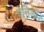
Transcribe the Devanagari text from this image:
पेनिडा